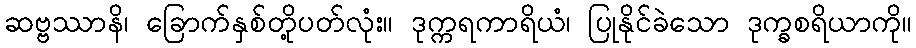
ဆဗ္ဗဿာနိ၊ ခြောက်နှစ်တို့ပတ်လုံး။ ဒုက္ကရကာရိယံ၊ ပြုနိုင်ခဲသော ဒုက္ခစရိယာကို။